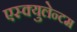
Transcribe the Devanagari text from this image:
एस्क्युलेन्टम